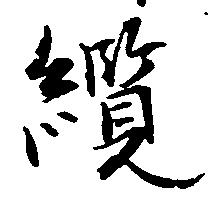
纜